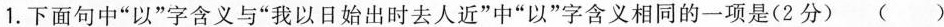
1.下面句中”以”字含义与”我以日始出时去人近”中”以”字含义相同的一项是(2分)()